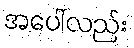
အပေါ်လည်း